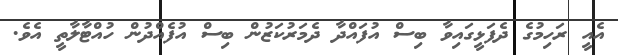
އެއީ ރަހިމުގެ ދެފަޅީގައިވާ ބިސް އުފައްދާ ދެމަރުކަޒުން ބިސް އުފެއްދުން ހުއްޓާލާތީ އެވެ.